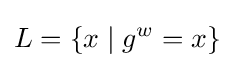
L=\{x\mid g^{w}=x\}